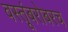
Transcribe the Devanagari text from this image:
वस्तूंबरोबरच